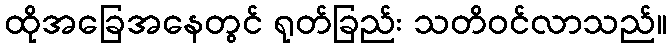
ထိုအခြေအနေတွင် ရုတ်ခြည်း သတိဝင်လာသည်။